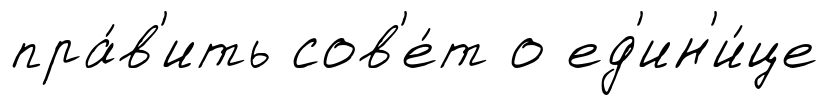
пра́в'ить сов'е́т о ед'ин'и́це